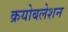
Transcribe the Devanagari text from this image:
क्रयोबलेशन